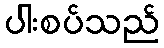
ပါးစပ်သည်